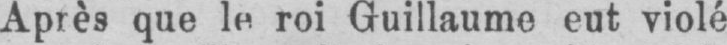
Après que le roi Guillaume eut violé